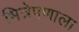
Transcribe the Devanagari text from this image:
भित्रेपणाला